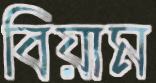
বিয়াম